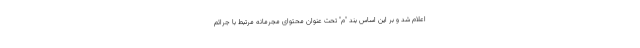
اعلام شد و بر این اساس بند "م" تحت عنوان محتوای مجرمانه مرتبط با جرائم